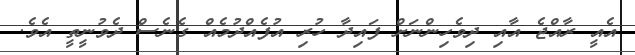
އެއީ ރާއްޖެ އާއި ދިވެހިންނަށް ފައިދާ ހުރި އުފެއްދުމެއް ގެނެސް ދެވުނީތީ އެވެ.